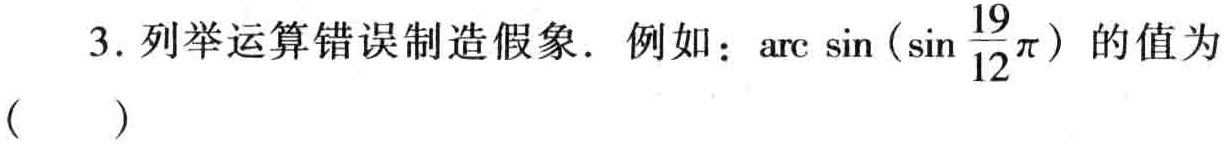
3. 列举运算错误制造假象. 例如：$\arcsin(\sin\frac{19}{12}\pi)$的值为（  ）